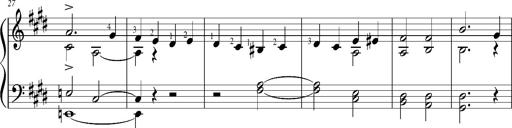
Title: Resignazione, S.187a/b
Composer: Franz Liszt